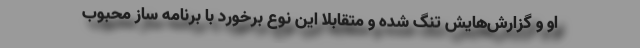
او و گزارش‌هایش تنگ شده و متقابلا این نوع برخورد با برنامه ساز محبوب